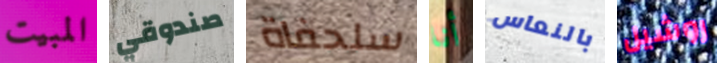
المبيت صندوقي سلحفاة أنا بالنعاس روشيل